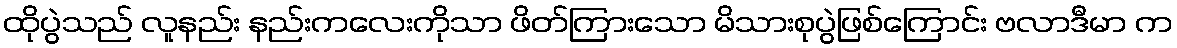
ထိုပွဲသည် လူနည်း နည်းကလေးကိုသာ ဖိတ်ကြားသော မိသားစုပွဲဖြစ်ကြောင်း ဗလာဒီမာ က